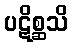
ပဋိစ္ဆသိ